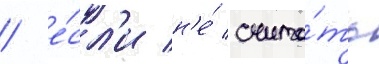
/ е́сл'и н'е́ счита́ть